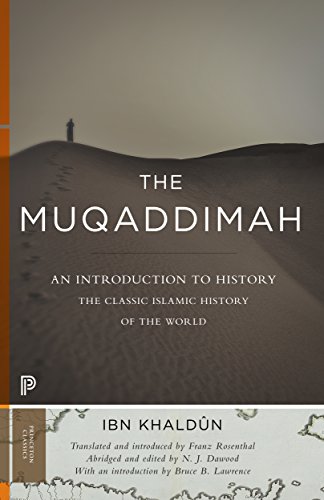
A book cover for The Muqaddimah: An Introduction to History (Princeton Classics); Ibn KhaldÃ»n; History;